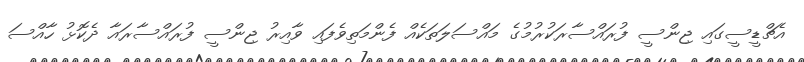
އެޗްޑީސީގައި ޖިންސީ ފުރައްސާރަކުރުމުގެ މައްސަލަތަކެއް ފެންމަތިވެފައި ވާއިރު ޖިންސީ ފުރައްސާރައާ ދެކޮޅު ހާއްސަ